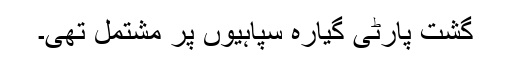
گشت پارٹی گیارہ سپاہیوں پر مشتمل تھی۔